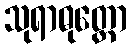
သုရာဓုတ္တော